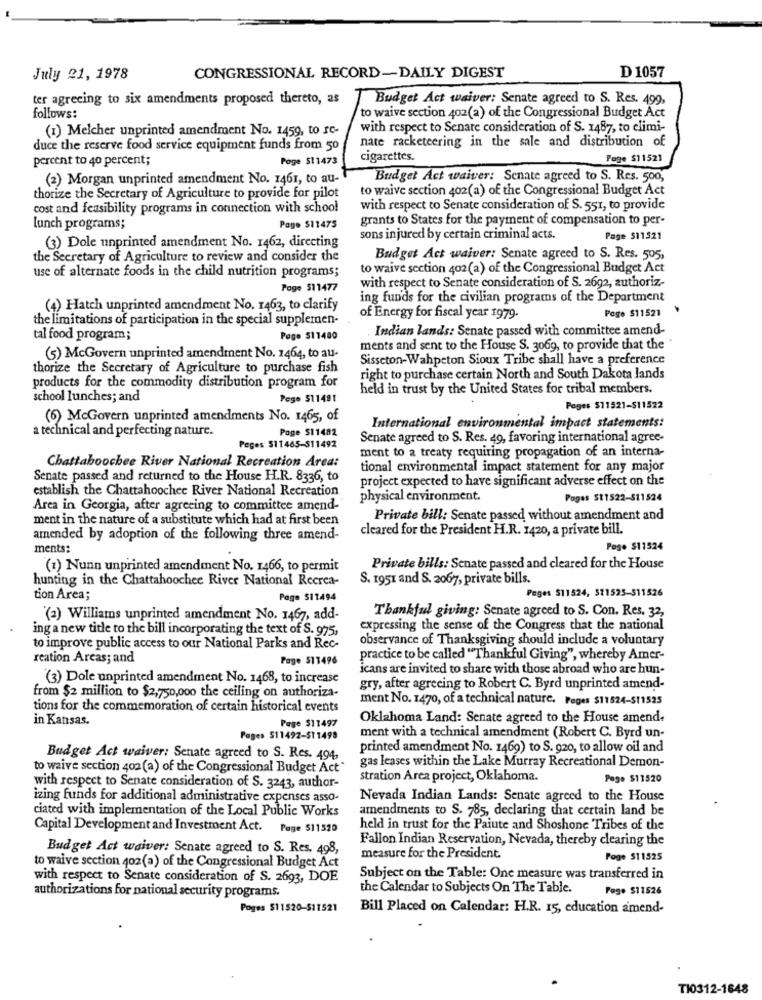
July 21, 1978
CONGRESSIONAL RECORD-DAILY DIGEST
D 1057
ter agreeing to six amendments proposed thereto, as
Budget Act waiver: Senate agreed to S. Res. 499,
follows:
to waive section 402(a) of the Congressional Budget Act
with respect to Senare consideration of S. 1487, to elimi-
(1) Melcher unprinted amendment No. 1459, to re-
nate racketeering in the sale and distribution of
duce the reserve food service equipment funds from 50
percent to 40 percent;
Page 511473
cigarettes.
Page $11521
(2) Morgan unprinted amendment No. 1461, to au-
Budget Act waiver: Senate agreed to S. Res. 500,
to waive section 402(a) of the Congressional Budget Act
thorize the Secretary of Agriculture to provide for pilot
cost and feasibility programs in connection with school
with respect to Senate consideration of S. 551, to provide
grants to States for the payment of compensation to per-
lunch programs;
Page $11475
sons injured by certain criminal acts.
Page 511521
, (3) Dole unprinted amendment No. 1462, directing
the Secretary of Agriculture to review and consider the
Budget Act waiver: Senate agreed to S. Res. 505,
to waive section 402(a) of the Congressional Budget Act
use of alternate foods in the child nutrition programs;
with respect to Senate consideration of S. 2692, authoriz-
Poge $11477
ing funds for the civilian programs of the Department
(4) Hatch unprinted amendment No. 1463, to clarify
Pege $11521
the limitations of participation in the special supplemen-
of Energy for fiscal year 1979.
Indian lands: Senate passed with committee amend-
tal food program;
Page 511480
ments and sent to the House S. 3069, to provide that the
(5) McGovern unprinted amendment No. 1464, to au-
Sisseton-Wahpeton Sioux Tribe shall have a preference
thorize the Secretary of Agriculture to purchase fish
right to purchase certain North and South Dakota lands
products for the commodity distribution program for
held in trust by the United States for tribal members.
school lunches; and
Pege 511481
Poges $11521-$11522
(6) McGovern unprinted amendments No. 1465, of
a technical and perfecting nature.
Poge $11482
International environmental impact statements:
Senate agreed to S. Res. 49, favoring international agree-
Peges 511465-511492
ment to a treaty requiring propagation of an interna-
Chattahoochee River National Recreation Area:
tional environmental impact statement for any major
Senate passed and returned to the House H.R. 8336, to
project expected to have significant adverse effect on the
establish the Chattahoochee River National Recreation
physical environment.
Poges St1522-S11524
Area in Georgia, after agreeing to committee amend-
ment in the nature of a substitute which had at first been
Private bill: Senate passed without amendment and
cleared for the President H.R. 1420, a private bill.
amended by adoption of the following three amend-
ments:
Pogo $11524
(1) Nunn unprinted amendment No. 1466, to permit
Private bills: Senate passed and cleared for the House
hunting in the Chattahoochee River National Recrea-
S. 1951 and S. 2067, private bills.
Pages $11524, 511525-311526
tion Area;
Page 511494
Thankful giving: Senate agreed to S. Con. Res. 32,
"(a) Williams unprinted amendment No. 1467, add-
ing a new title to the bill incorporating the text of S. 975.
expressing the sense of the Congress that the national
observance of Thanksgiving should include a voluntary
to improve public access to our National Parks and Rec-
reation Areas; and
Page 511496
practice to be called "Thankful Giving", whereby Amer-
icans are invited to share with those abroad who are hun-
(3) Dole unprinted amendment No. 1468, to increase
gry, after agreeing to Robert C. Byrd unprinted amend-
from $2 million to $2,750,000 the ceiling on authoriza-
ment No. 1470, of a technical nature. Peges $11524-$11525
tions for the commemoration of certain historical events
in Kansas.
Page $11497
Oklahoma Land: Senate agreed to the House amend.
ment with a technical amendment (Robert C. Byrd un-
Pages 511492-$1 1499
printed amendment No. 1469) to S. 920, to allow oil and
Budget Act waiver: Senate agreed to S. Res. 494
to waive section 402(a) of the Congressional Budget Act"
gas leases within the Lake Murray Recreational Demon-
stration Area project, Oklahoma.
Page $11520
with respect to Senate consideration of S. 3243, author-
izing funds for additional administrative expenses asso-
Nevada Indian Lands: Senate agreed to the House
ciated with implementation of the Local Public Works
amendments to S. 785, declaring that certain land be
Capital Development and Investment Act. Page 511520
held in trust for the Paiute and Shoshone Tribes of the
Fallon Indian Reservation, Nevada, thereby clearing the
Budget Act waiver: Senate agreed to S. Res. 498,
measure for the President.
Foge $11525
to waive section 402(a) of the Congressional Budget Act
with respect to Senate consideration of S. 2693, DOE
Subject on the Table: One measure was transferred in
the Calendar to Subjects On The Table.
Fogo $11526
authorizations for national security programs.
Poges $11520-$11521
Bill Placed on Calendar: H.R. 15, education amend-
TI0312-1648